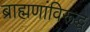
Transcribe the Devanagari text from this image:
ब्राह्मणांविरूद्ध